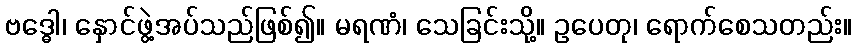
ဗဒ္ဓေါ၊ နှောင်ဖွဲ့အပ်သည်ဖြစ်၍။ မရဏံ၊ သေခြင်းသို့။ ဥပေတု၊ ရောက်စေသတည်း။